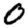
Digit: 0